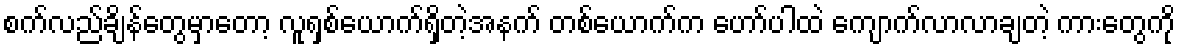
စက်လည်ချိန်တွေမှာတော့ လူရှစ်ယောက်ရှိတဲ့အနက် တစ်ယောက်က ဟော်ပါထဲ ကျောက်လာလာချတဲ့ ကားတွေကို